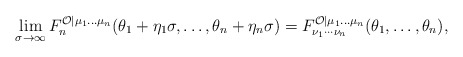
\begin{align*}\lim_{\sigma \rightarrow \infty }F_{n}^{\mathcal{O}|\mu _{1}\ldots \mu_{n}}(\theta _{1}+\eta _{1}\sigma ,\ldots ,\theta _{n}+\eta _{n}\sigma)=F_{\nu _{1}\cdots \nu _{n}}^{\mathcal{O}|\mu _{1}\ldots \mu _{n}}(\theta_{1},\ldots ,\theta _{n}), \end{align*}